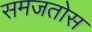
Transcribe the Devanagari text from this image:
समजतोस